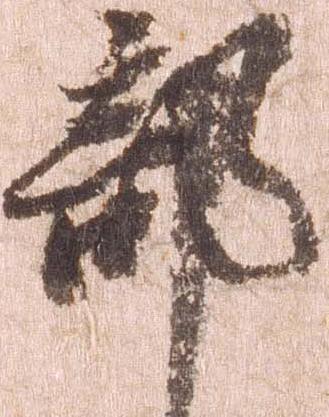
部